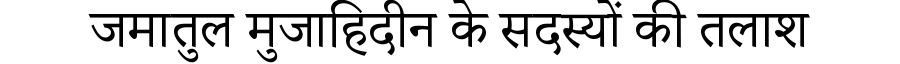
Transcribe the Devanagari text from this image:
जमातुल मुजाहिदीन के सदस्यों की तलाश